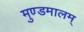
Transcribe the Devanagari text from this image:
मुण्डमालम्